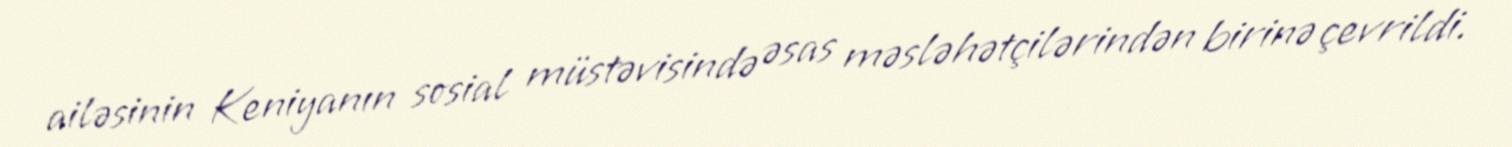
ailəsinin Keniyanın sosial müstəvisində əsas məsləhətçilərindən birinə çevrildi.